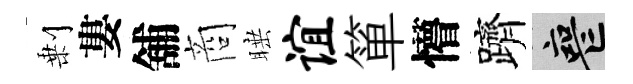
剰婁舖商睡谊箪懵躋喪